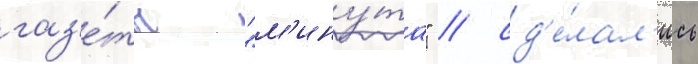
газ'е́ты "м'ину́та" / сд'е́лал'ись